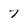
Character: 7